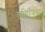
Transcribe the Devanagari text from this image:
एपिरियंस